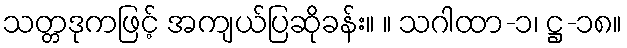
သတ္တဒုကဖြင့် အကျယ်ပြဆိုခန်း။ ။ သဂါထာ-၁၊ ဋ္ဌ-၁၈။